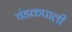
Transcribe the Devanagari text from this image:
चंडकपाली